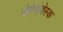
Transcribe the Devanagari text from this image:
चेरेपोवेस्क